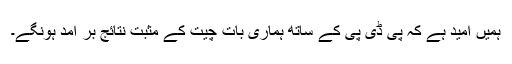
ہمیں امید ہے کہ پی ڈی پی کے ساتھ ہماری بات چیت کے مثبت نتائج بر آمد ہونگے۔